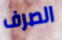
الصرف